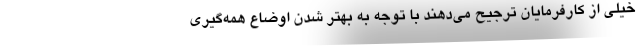
خیلی از کارفرمایان ترجیح می‌دهند با توجه به بهتر شدن اوضاع همه‌گیری